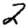
Digit: 2